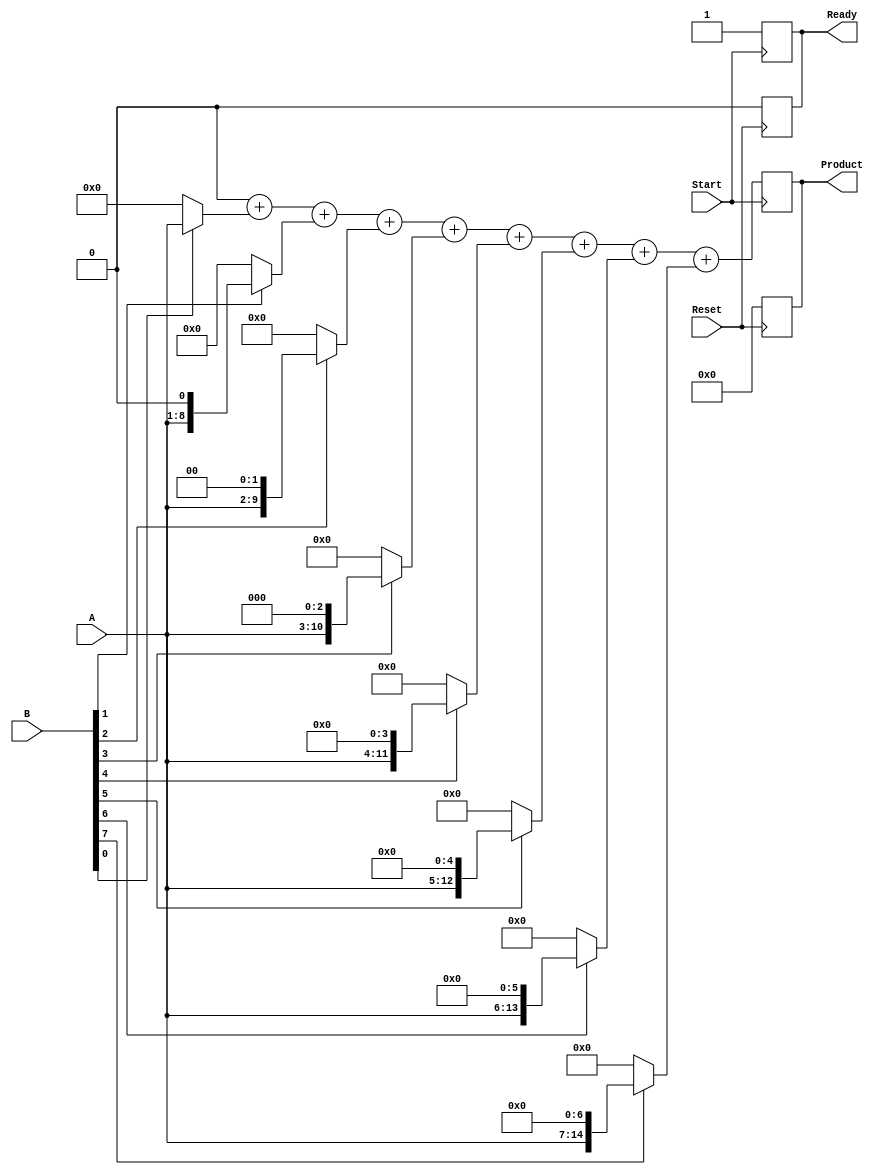
module PartialProductAccumulator #(
    parameter A_WIDTH = 8, // Width of multiplicand
    parameter B_WIDTH = 8  // Width of multiplier
)(
    input  wire [A_WIDTH-1:0] A,         // Multiplicand
    input  wire [B_WIDTH-1:0] B,         // Multiplier
    input  wire Start,                    // Start signal
    input  wire Reset,                    // Reset signal
    output reg [A_WIDTH + B_WIDTH - 1:0] Product, // Final product
    output reg Ready                     // Ready signal
);

    reg [A_WIDTH + B_WIDTH - 1:0] partial_products [0:B_WIDTH-1]; // Array for partial products
    reg [A_WIDTH + B_WIDTH - 1:0] accumulator;                     // Accumulator for final product
    integer i;

    // Reset logic
    always @(posedge Reset) begin
        Product <= 0;
        accumulator <= 0;
        Ready <= 0;
    end

    // Main multiplication process
    always @(posedge Start) begin
        // Generate partial products
        for (i = 0; i < B_WIDTH; i = i + 1) begin
            partial_products[i] = (B[i] == 1'b1) ? (A << i) : 0; // Shift A by i if B[i] is 1
        end
        
        // Accumulate partial products
        accumulator = 0; // Reset accumulator
        for (i = 0; i < B_WIDTH; i = i + 1) begin
            accumulator = accumulator + partial_products[i];
        end
        
        // Store result in Product
        Product <= accumulator;
        Ready <= 1; // Indicate that multiplication is complete
    end

endmodule